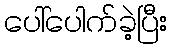
ပေါ်ပေါက်ခဲ့ပြီး